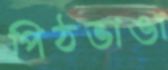
পিঠভাঙা